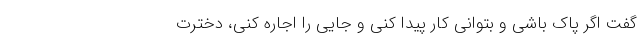
گفت اگر پاک باشی و بتوانی کار پیدا کنی و جایی را اجاره کنی، دخترت